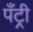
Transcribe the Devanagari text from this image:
पँट्री